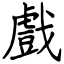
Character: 戲